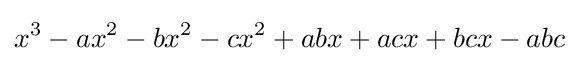
x^{3}-ax^{2}-bx^{2}-cx^{2}+abx+acx+bcx-abc